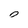
Character: 0